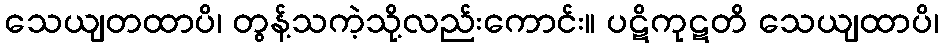
သေယျတထာပိ၊ တွန့်သကဲ့သို့လည်းကောင်း။ ပဋိကုဋတိ သေယျထာပိ၊